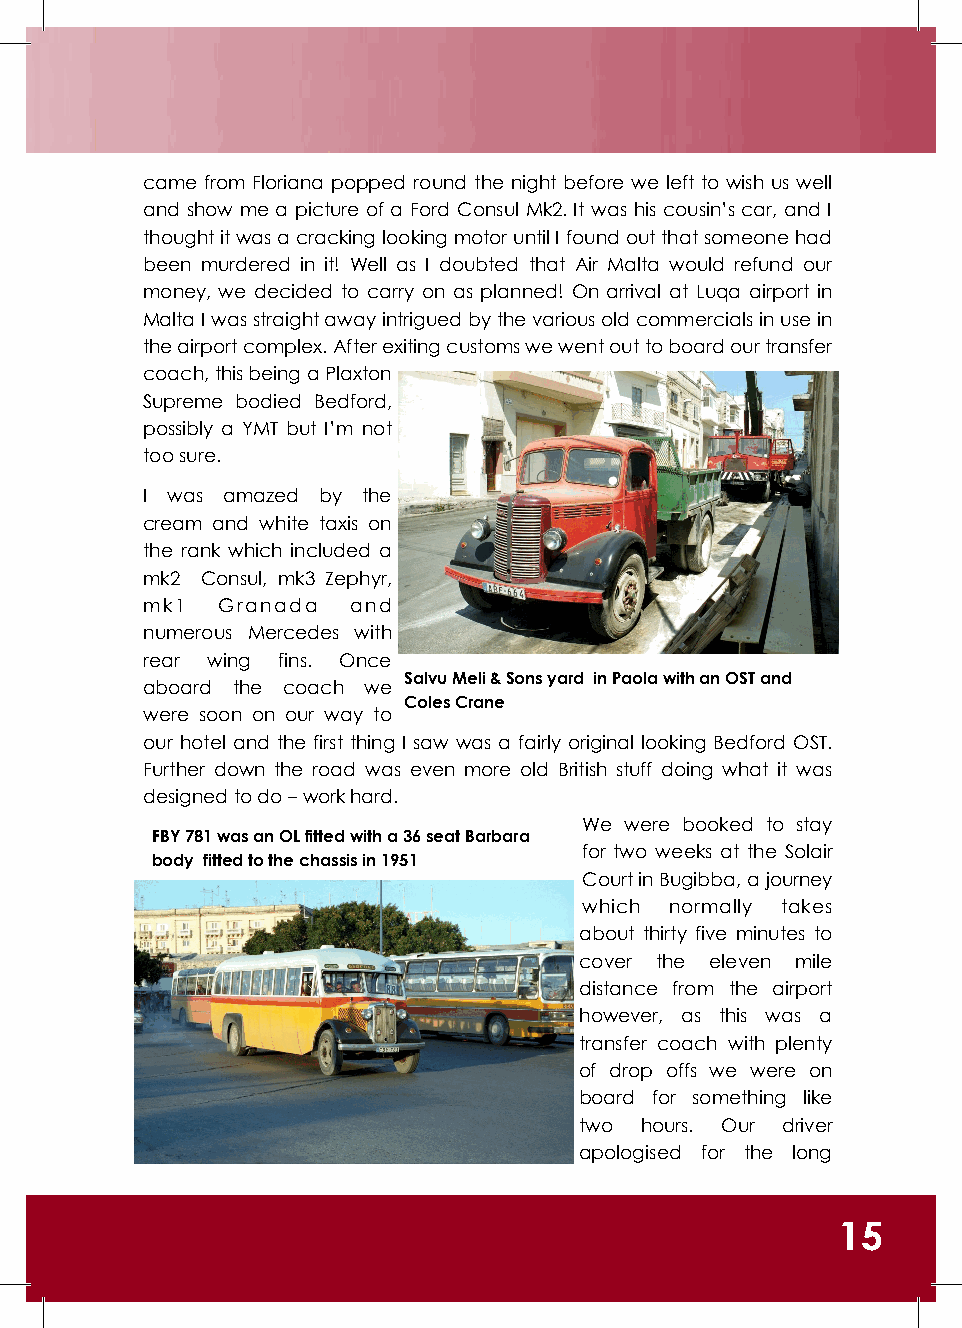
came from Floriana popped round the night before we left to wish us well
 and show me a picture of a Ford Consul Mk2. It was his cousin’s car, and I
 thought it was a cracking looking motor until I found out that someone had
 been murdered in it! Well as I doubted that Air Malta would refund our
 money, we decided to carry on as planned! On arrival at Luqa airport in
 Malta I was straight away intrigued by the various old commercials in use in
 the airport complex. After exiting customs we went out to board our transfer
 coach, this being a Plaxton
 Supreme bodied Bedford,
 possibly a YMT but I’m not
 too sure.
 I was amazed by the
 cream and white taxis on
 the rank which included a
 mk2 Consul, mk3 Zephyr,
 mk1  Granada  and
 numerous Mercedes with
 rear wing fins. Once
 Salvu Meli & Sons yard in Paola with an OST and
 aboard the coach we
 Coles Crane
 were soon on our way to
 our hotel and the first thing I saw was a fairly original looking Bedford OST.
 Further down the road was even more old British stuff doing what it was
 designed to do – work hard.
 We were booked to stay
 FBY 781 was an OL fitted with a 36 seat Barbara
 for two weeks at the Solair
 body fitted to the chassis in 1951
 Court in Bugibba, a journey
 which normally takes
 about thirty five minutes to
 cover the eleven mile
 distance from the airport
 however, as this was a
 transfer coach with plenty
 of drop offs we were on
 board for something like
 two hours. Our driver
 apologised for the long
 15